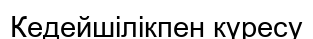
Кедейшілікпен күресу